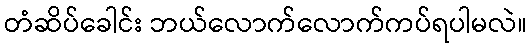
တံဆိပ်ခေါင်း ဘယ်လောက်လောက်ကပ်ရပါမလဲ။